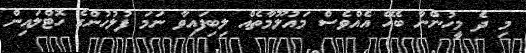
މި ދެ މީހުންނާ ބެހޭ އެއްވެސް މައުލޫމާތެއް ލިބިފައިވާ ނަމަ ފުލުހުންގެ ހޮޓްލައިން